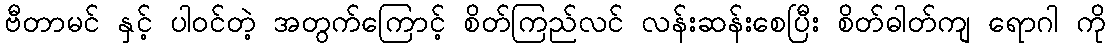
ဗီတာမင် နှင့် ပါဝင်တဲ့ အတွက်ကြောင့် စိတ်ကြည်လင် လန်းဆန်းစေပြီး စိတ်ဓါတ်ကျ ရောဂါ ကို